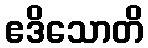
ဧဒိသောတိ